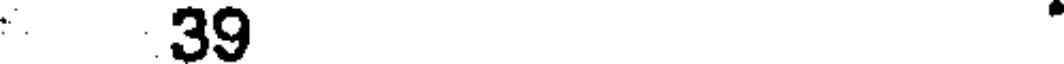
39